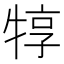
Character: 犉